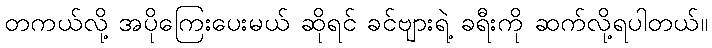
တကယ်လို့ အပိုကြေးပေးမယ် ဆိုရင် ခင်ဗျားရဲ့ ခရီးကို ဆက်လို့ရပါတယ်။